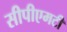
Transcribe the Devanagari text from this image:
सीपीएमटी